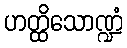
ဟတ္ထိသောဏ္ဍံ